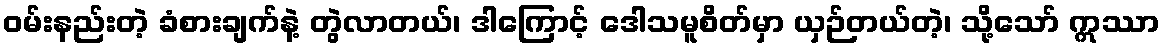
ဝမ်းနည်းတဲ့ ခံစားချက်နဲ့ တွဲလာတယ်၊ ဒါကြောင့် ဒေါသမူစိတ်မှာ ယှဉ်တယ်တဲ့၊ သို့သော် ဣဿာ